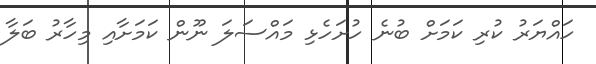
ހައްޔަރު ކުރި ކަމަށް ބުނެ ހުށަހެޅި މައްސަލަ ނޫން ކަމަށާއި މިހާރު ބަލާ